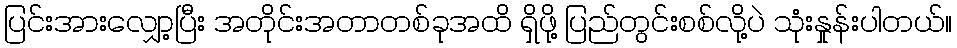
ပြင်းအားလျှော့ပြီး အတိုင်းအတာတစ်ခုအထိ ရှိဖို့ ပြည်တွင်းစစ်လို့ပဲ သုံးနှုန်းပါတယ်။